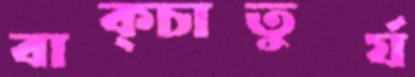
বাক্‌চাতুর্য